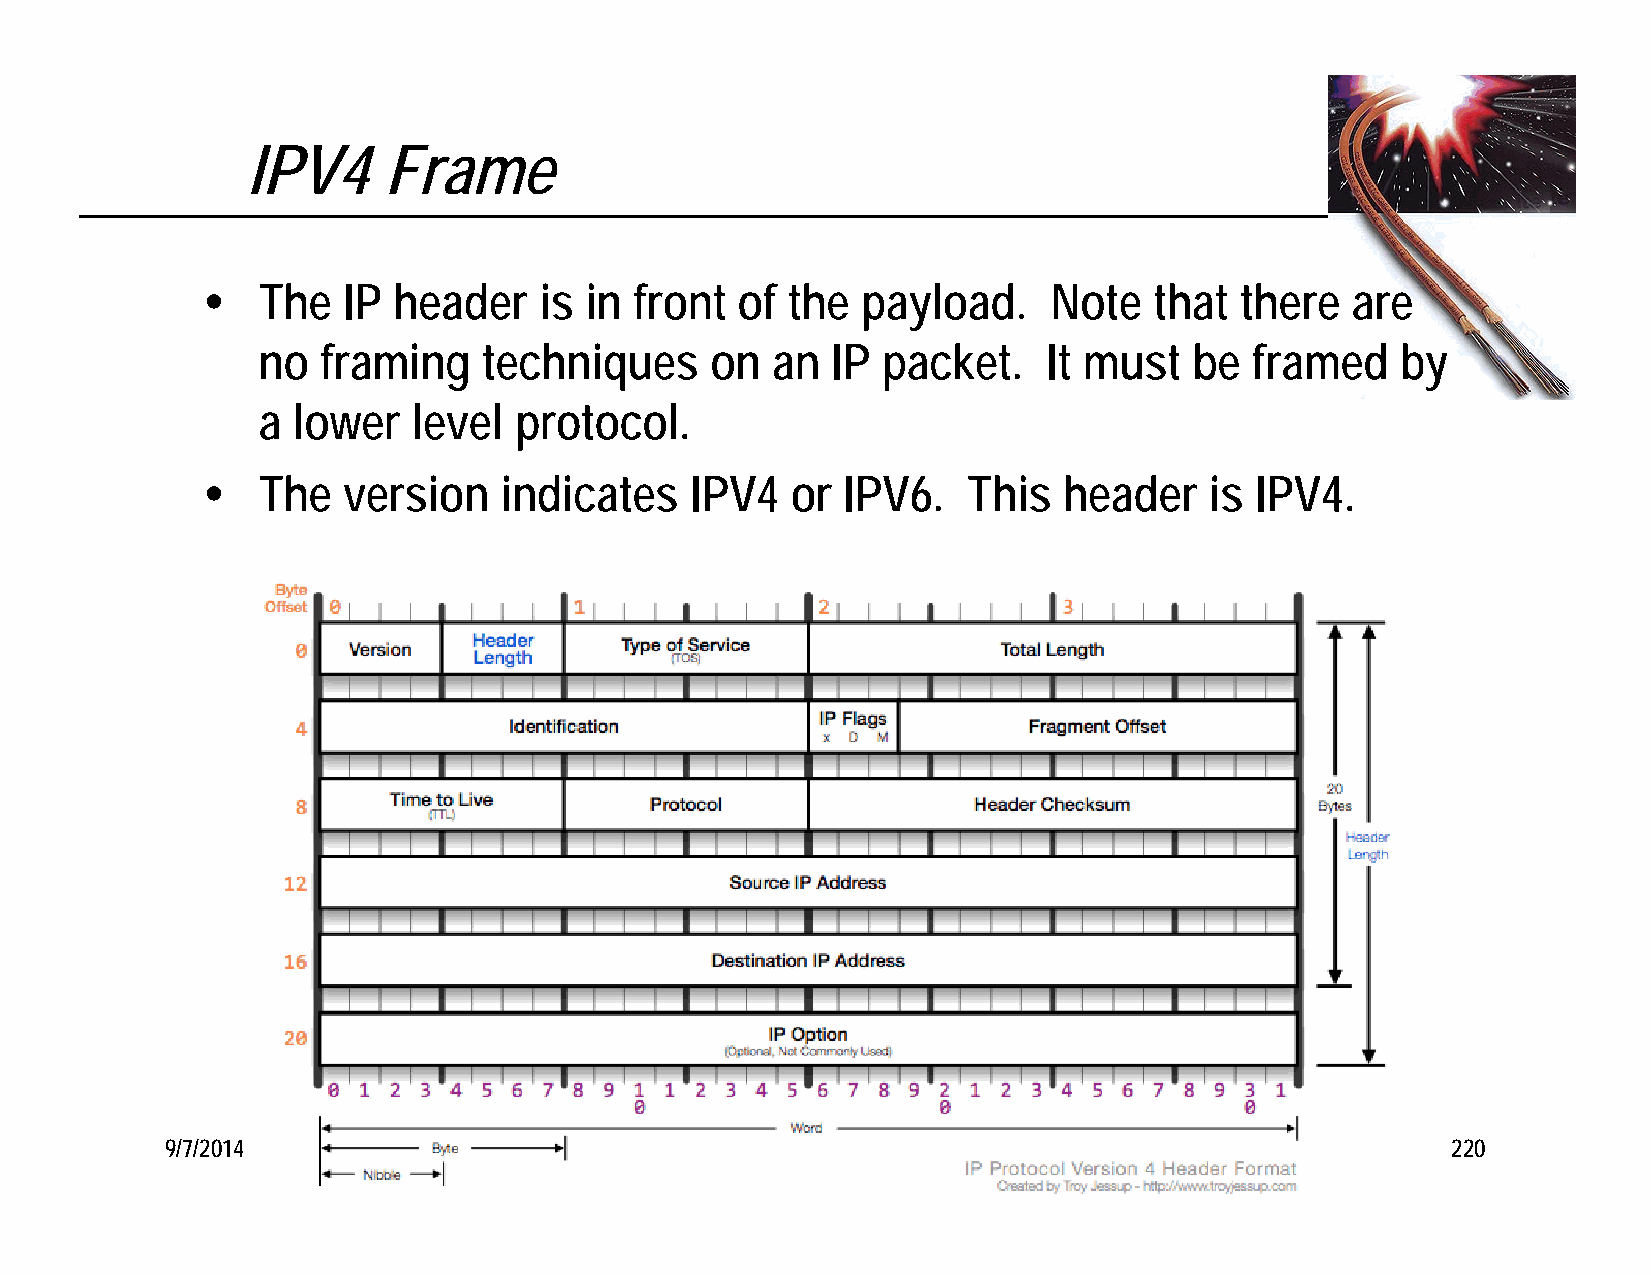
IPV4     Frame
    The   IP header    is in front  of the  payload.     Note  that  there  are
 no  framing    techniques     on  an  IP packet.    It must   be  framed    by
 a lower   level  protocol.
    The   version   indicates    IPV4  or  IPV6.   This  header    is IPV4.
 9/7/2014             P. Michael Henderson, mike@michael-henderson.us copyright 2014  220